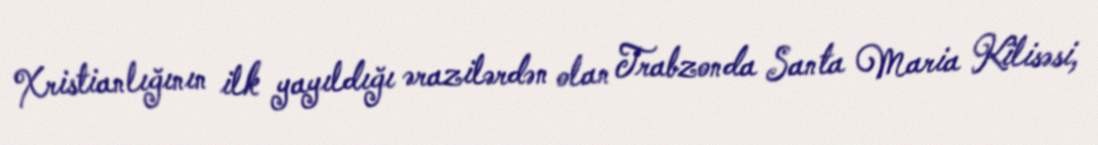
Xristianlığının ilk yayıldığı ərazilərdən olan Trabzonda Santa Maria Kilisəsi,